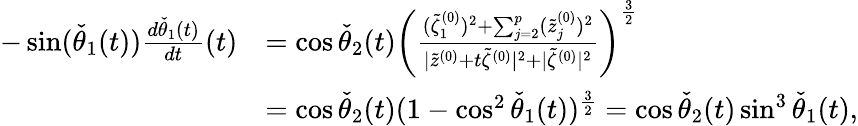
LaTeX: \begin{array}{rl}{-\sin(\check{\theta}_{1}(t))\frac{d\check{\theta}_{1}(t)}{dt}(t)}&{=\cos\check{\theta}_{2}(t)\left(\frac{(\tilde{\zeta}_{1}^{(0)})^{2}+\sum_{j=2}^{p}(\tilde{z}_{j}^{(0)})^{2}}{|\tilde{z}^{(0)}+t\tilde{\zeta}^{(0)}|^{2}+|\tilde{\zeta}^{(0)}|^{2}}\right)^{\frac{3}{2}}}\\ &{=\cos\check{\theta}_{2}(t)(1-\cos^{2}\check{\theta}_{1}(t))^{\frac{3}{2}}=\cos\check{\theta}_{2}(t)\sin^{3}\check{\theta}_{1}(t),}\end{array}